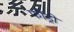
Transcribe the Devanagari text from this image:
फौंड्री